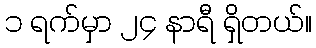
၁ ရက်မှာ ၂၄ နာရီ ရှိတယ်။